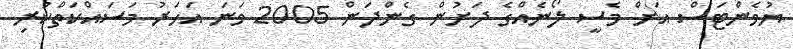
ޔުވެންޓަސް އަށް މެސީ ލޯނެއްގެ ދަށުން ގެންދަން 2005 ވަނަ އަހަރު މަސައްކަތްކުރި